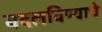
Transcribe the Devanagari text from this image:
बदलविण्याचे